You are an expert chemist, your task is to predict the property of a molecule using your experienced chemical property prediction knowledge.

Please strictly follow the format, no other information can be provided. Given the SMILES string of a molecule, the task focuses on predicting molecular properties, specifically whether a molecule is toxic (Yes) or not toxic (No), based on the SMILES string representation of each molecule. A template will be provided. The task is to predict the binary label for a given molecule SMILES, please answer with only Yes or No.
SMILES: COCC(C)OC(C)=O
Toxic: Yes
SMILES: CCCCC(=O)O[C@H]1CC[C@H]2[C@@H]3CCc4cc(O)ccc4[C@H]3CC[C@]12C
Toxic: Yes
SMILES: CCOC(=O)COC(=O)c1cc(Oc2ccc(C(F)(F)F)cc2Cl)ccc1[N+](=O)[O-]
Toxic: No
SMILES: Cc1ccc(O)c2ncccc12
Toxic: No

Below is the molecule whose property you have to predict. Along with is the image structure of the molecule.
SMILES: O=C(O)CNC(=O)c1ccc(CO)o1
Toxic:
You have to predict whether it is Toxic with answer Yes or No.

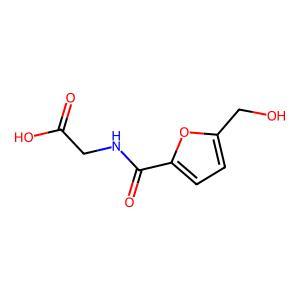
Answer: No